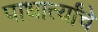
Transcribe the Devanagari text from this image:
पाधार्त्यांचे